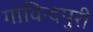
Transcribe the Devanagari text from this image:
गोविन्दपुरी